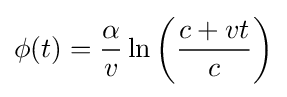
\phi (t)={\frac {\alpha }{v}}\ln {\left({\frac {c+vt}{c}}\right)}